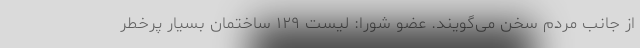
از جانب مردم سخن می‌گویند. عضو شورا: لیست ۱۲۹ ساختمان بسیار پرخطر